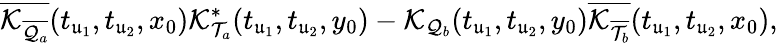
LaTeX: \overline{{\mathcal K_{\overline{{\mathcal Q_{a}}}}}}(t_{\mathfrak u_{1}},t_{\mathfrak u_{2}},x_{0})\mathcal K_{\mathcal T_{a}}^{*}(t_{\mathfrak u_{1}},t_{\mathfrak u_{2}},y_{0})-\mathcal K_{\mathcal Q_{b}}(t_{\mathfrak u_{1}},t_{\mathfrak u_{2}},y_{0})\overline{{\mathcal K_{\overline{{\mathcal T_{b}}}}}}(t_{\mathfrak u_{1}},t_{\mathfrak u_{2}},x_{0}),